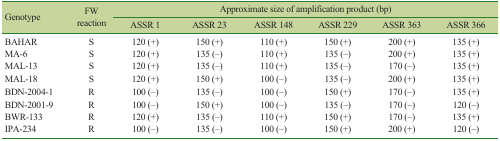
<table><thead><tr><td rowspan="3"><b>Genotype</b></td><td rowspan="3"><b>FW reaction</b></td><td colspan="6"><b>Approximate size of amplification product (bp)</b></td></tr><tr><td><b>ASSR 1</b></td><td><b>ASSR 23</b></td><td><b>ASSR 148</b></td><td><b>ASSR 229</b></td><td><b>ASSR 363</b></td><td><b>ASSR 366</b></td></tr></thead><tbody><tr><td>BAHAR</td><td>S</td><td>120 (+)</td><td>150 (+)</td><td>110 (+)</td><td>150 (+)</td><td>200 (+)</td><td>135 (+)</td></tr><tr><td>MA-6</td><td>S</td><td>120 (+)</td><td>135 (−)</td><td>110 (+)</td><td>135 (−)</td><td>200 (+)</td><td>135 (+)</td></tr><tr><td>MAL-13</td><td>S</td><td>120 (+)</td><td>135 (−)</td><td>110 (+)</td><td>135 (−)</td><td>170 (−)</td><td>135 (+)</td></tr><tr><td>MAL-18</td><td>S</td><td>120 (+)</td><td>150 (+)</td><td>100 (−)</td><td>135 (−)</td><td>200 (+)</td><td>135 (+)</td></tr><tr><td>BDN-2004-1</td><td>R</td><td>100 (−)</td><td>135 (−)</td><td>100 (−)</td><td>150 (+)</td><td>170 (−)</td><td>135 (+)</td></tr><tr><td>BDN-2001-9</td><td>R</td><td>100 (−)</td><td>150 (+)</td><td>100 (−)</td><td>135 (−)</td><td>170 (−)</td><td>120 (−)</td></tr><tr><td>BWR-133</td><td>R</td><td>120 (+)</td><td>135 (−)</td><td>110 (+)</td><td>150 (+)</td><td>170 (−)</td><td>135 (+)</td></tr><tr><td>IPA-234</td><td>R</td><td>100 (−)</td><td>135 (−)</td><td>100 (−)</td><td>150 (+)</td><td>200 (+)</td><td>120 (−)</td></tr></tbody></table>